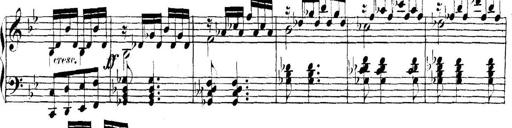
Title: Collected Piano Sonatas
Composer: Muzio Clementi